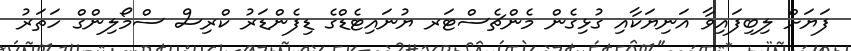
ފަޔަށް ލިބިފައިވާ އަނިޔަކާއި ގުޅިގެން މެންޗެސްޓަރ ޔުނައިޓެޑްގެ ޑިފެންޑަރު ކްރިސް ސްމޯލިންގް ހަތަރު